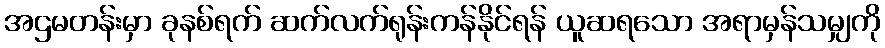
အဌမတန်းမှာ ခုနစ်ရက် ဆက်လက်ရုန်းကန်နိုင်ရန် ယူဆရသော အရာမှန်သမျှကို